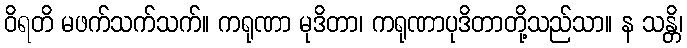
ဝိရတိ မဖက်သက်သက်။ ကရုဏာ မုဒိတာ၊ ကရုဏာပုဒိတာတို့သည်သာ။ န သန္တိ၊